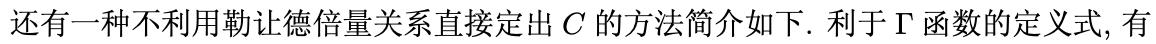
还有一种不利用勒让德倍量关系直接定出 \(C\) 的方法简介如下. 利于 \(\Gamma\) 函数的定义式, 有